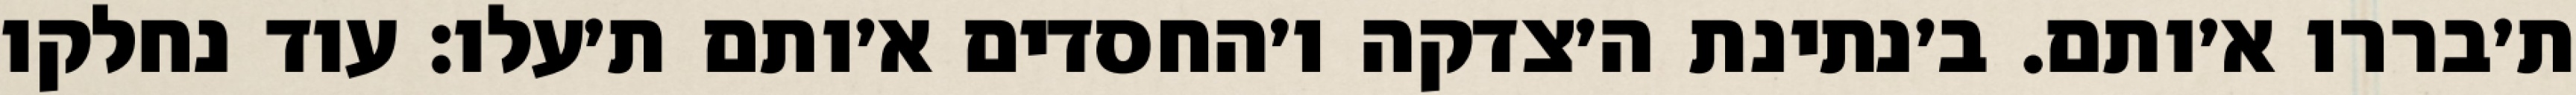
ת׳בררו א׳ותם. ב׳נתינת ה׳צדקה ו׳החסדים א׳ותם ת׳עלו: עוד נחלקו